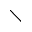
\setminus